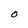
Character: O